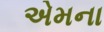
એમના